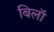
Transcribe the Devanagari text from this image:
बिलॉ